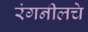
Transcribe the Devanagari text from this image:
रंगनीलचे